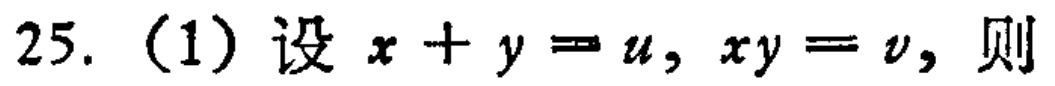
25. (1) 设 \(x + y = u, xy = v\)，则